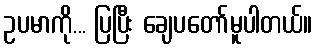
ဥပမာကို... ပြပြီး ချေပတော်မူပါတယ်။